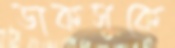
ডাকসুকে